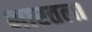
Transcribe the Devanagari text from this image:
भारतला